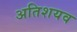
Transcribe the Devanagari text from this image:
अतिशयव